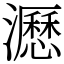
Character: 𤃉